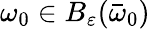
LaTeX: \omega_{0}\in B_{\varepsilon}(\bar{\omega}_{0})